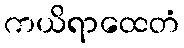
ကယိရာထေတံ